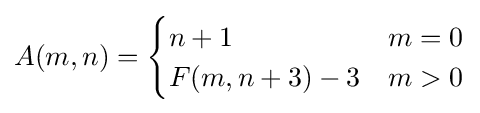
A(m,n)={\begin{cases}n+1&m=0\\F(m,n+3)-3&m>0\\\end{cases}}